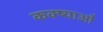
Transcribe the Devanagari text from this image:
कक्ष्याओं